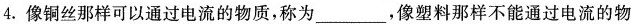
4. 像铜丝那样可以通过电流的物质，称为___，像塑料那样不能通过电流的物